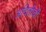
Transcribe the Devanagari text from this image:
अदितीची